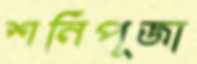
শনিপূজা